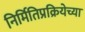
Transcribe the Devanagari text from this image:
निर्मितिप्रक्रियेच्या